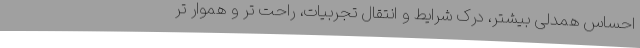
احساس همدلی بیشتر، درک شرایط و انتقال تجربیات، راحت تر و هموار تر